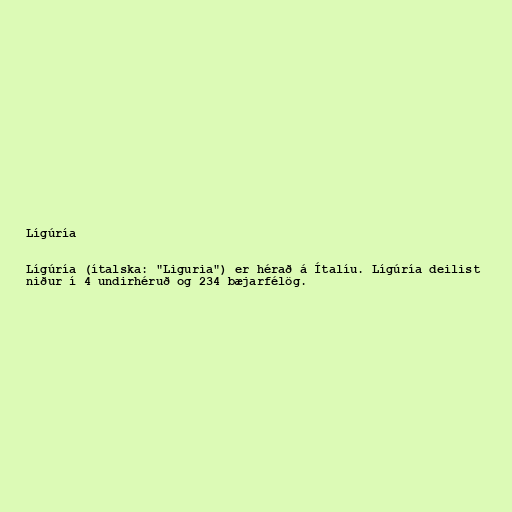
Lígúría

Lígúría (ítalska: "Liguria") er hérað á Ítalíu. Lígúría deilist
niður í 4 undirhéruð og 234 bæjarfélög.